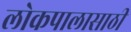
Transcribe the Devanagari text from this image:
लोकपालासाठी